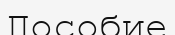
Пособие